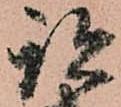
跡